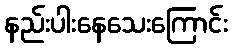
နည်းပါးနေသေးကြောင်း